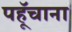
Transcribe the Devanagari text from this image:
पहूॅचाना